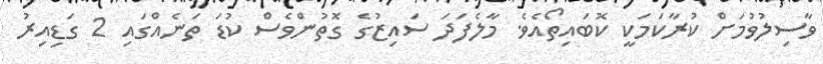
ވާސިލުވުމަށް ކުރާކަމަކީ ކޮބައިތޯއެވެ. މާލެފަދަ ސައިޒުގެ ގޮތުންވެސް ކުޑަ ތަނެއްގައި 2 ގަޑިއިރު